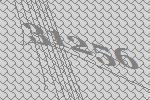
31256